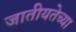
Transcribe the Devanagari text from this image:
जातीयतेच्या